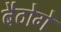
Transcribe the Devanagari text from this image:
बैठोगे